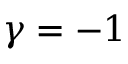
\gamma = - 1